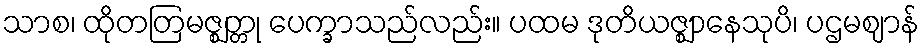
သာစ၊ ထိုတတြမဇ္ဈတ္တု ပေက္ခာသည်လည်း။ ပထမ ဒုတိယဇ္ဈာနေသုပိ၊ ပဌမဈာန်